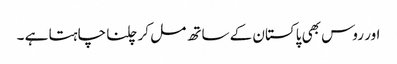
اور روس بھی پاکستان کے ساتھ مل کر چلنا چاہتا ہے ۔